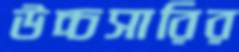
উচ্চসারির